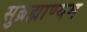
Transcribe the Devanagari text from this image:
सुब्रह्माण्यम